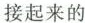
接起来的